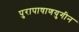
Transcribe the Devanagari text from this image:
पुरापाषाणयुगीन